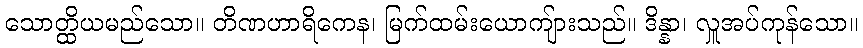
သောတ္ထိယမည်သော။ တိဏဟာရိကေန၊ မြက်ထမ်းယောကျ်ားသည်။ ဒိန္နာ၊ လှူအပ်ကုန်သော။